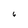
Character: 6